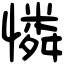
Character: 憐